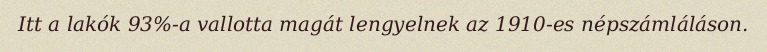
Itt a lakók 93%-a vallotta magát lengyelnek az 1910-es népszámláláson.